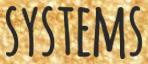
SYSTEMS